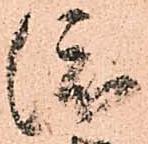
渡